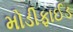
મોડીફાઈડ